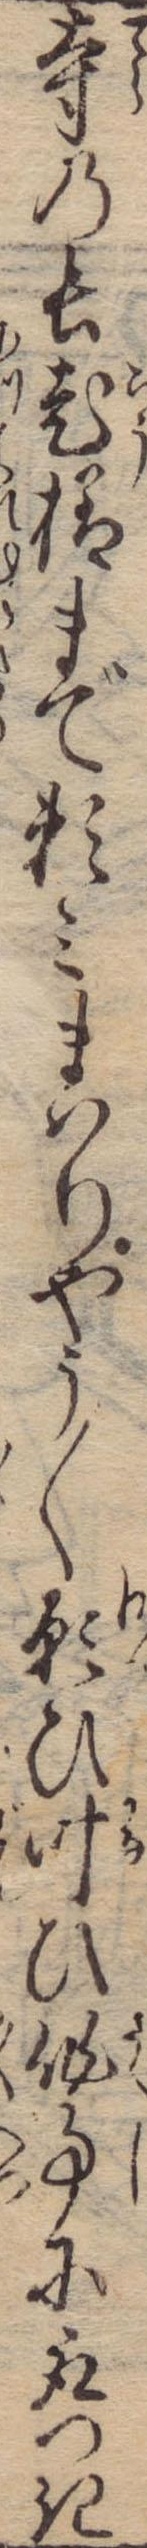
寺の長老様まで頼みまはりやう〱願ひ叶ひ作事に取つき